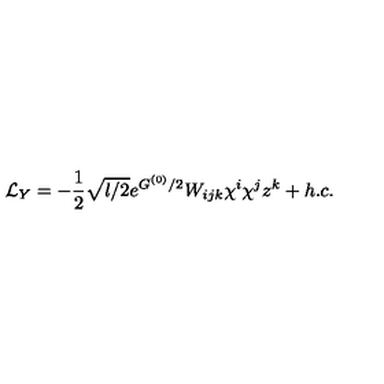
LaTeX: { \cal L } _ { Y } = - \frac { 1 } { 2 } \sqrt { l / 2 } e ^ { G ^ { ( 0 ) } / 2 } W _ { i j k } \chi ^ { i } \chi ^ { j } z ^ { k } + h . c .